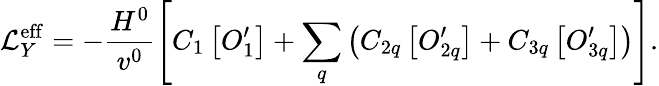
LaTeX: {\cal L}_{Y}^{\mathrm{eff}}=-\frac{H^{0}}{v^{0}}\left[C_{1}\left[O_{1}^{\prime}\right]+\sum_{q}\left(C_{2q}\left[O_{2q}^{\prime}\right]+C_{3q}\left[O_{3q}^{\prime}\right]\right)\right].